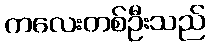
ကလေးတစ်ဦးသည်